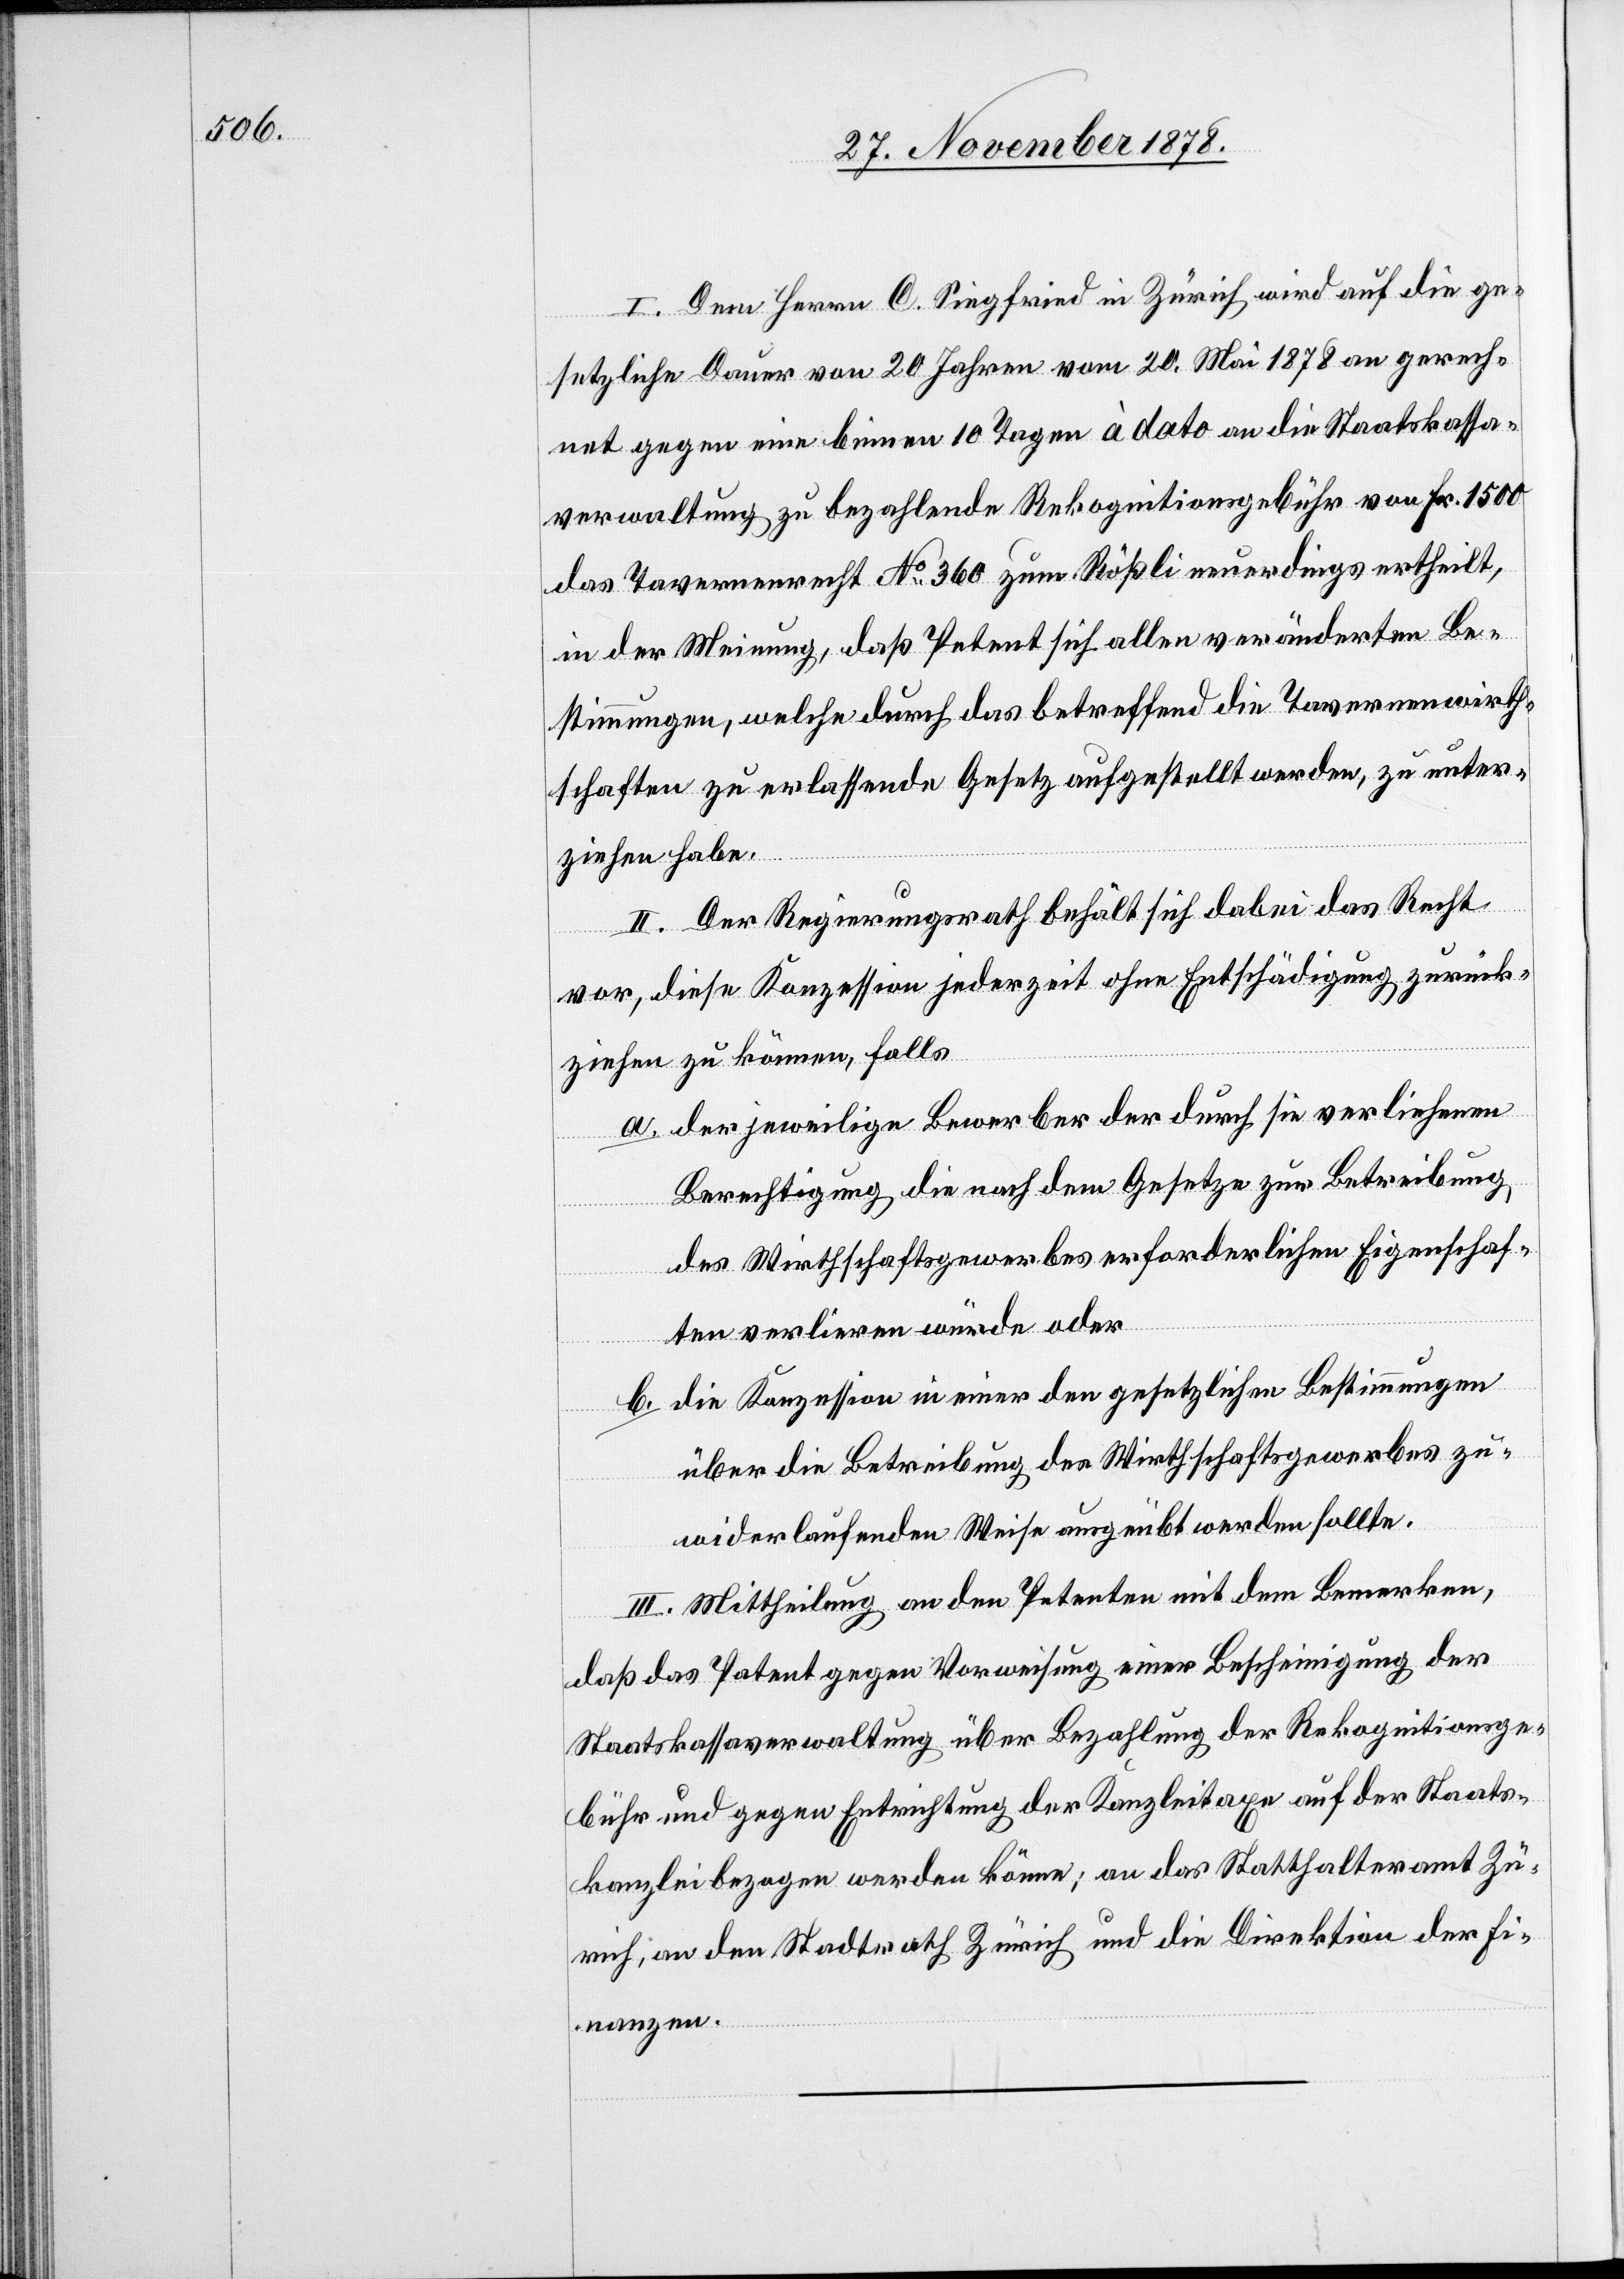
I. Dem Herrn C. Siegfried in Zürich wird auf die ge¬
setzliche Dauer von 20 Jahren vom 20. Mai 1878 an gerech¬
net gegen eine binnen 10 Tagen à dato an die Staatskassa¬
verwaltung zu bezahlende Rekognitionsgebühr von Fr. 1500
das Tavernenrecht No 360 zum Rößli neuerdings ertheilt,
in der Meinung, daß Petent sich allen veränderten Be¬
stimmungen, welche durch das betreffend die Tavernenwirth¬
schaften zu erlassende Gesetz aufgestellt werden, zu unter¬
ziehen habe.
II. Der Regierungsrath behält sich dabei das Recht
vor, diese Konzession jederzeit ohne Entschädigung zurück¬
ziehen zu können, falls
der jeweilige Bewerber der durch sie verliehenen
Berechtigung die nach dem Gesetze zur Betreibung
des Wirthschaftsgewerbes erforderlichen Eigenschaf¬
ten verlieren würde oder
b.
die Konzession in einer den gesetzlichen Bestimmungen
über die Betreibung des Wirthschaftsgewerbes zu¬
widerlaufenden Weise ausgeübt werden sollte.
III. Mittheilung an den Petenten, mit dem Bemerken,
daß das Patent gegen Vorweisung einer Bescheinigung der
Staatskassaverwaltung über Bezahlung der Rekognitionsge¬
bühr und gegen Entrichtung der Kanzleitaxe auf der Staats¬
kanzlei bezogen werden könne; an das Statthalteramt Zü¬
rich, an den Stadtrath Zürich & die Direktion der Fi¬
nanzen.